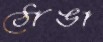
ঠোঙা